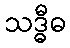
သဒ္ဓီဓ